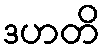
ဒဟတိ